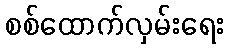
စစ်ထောက်လှမ်းရေး